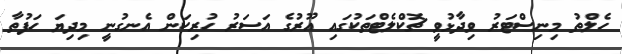
ހެލްތު މިނިސްޓަރު ވިދާޅުވީ ޗޮކްލެޓްތަކުގައި އޫރުގެ އަސަރު ހުރިކަން އެނގުނީ މިދިޔަ ހަފުތާ